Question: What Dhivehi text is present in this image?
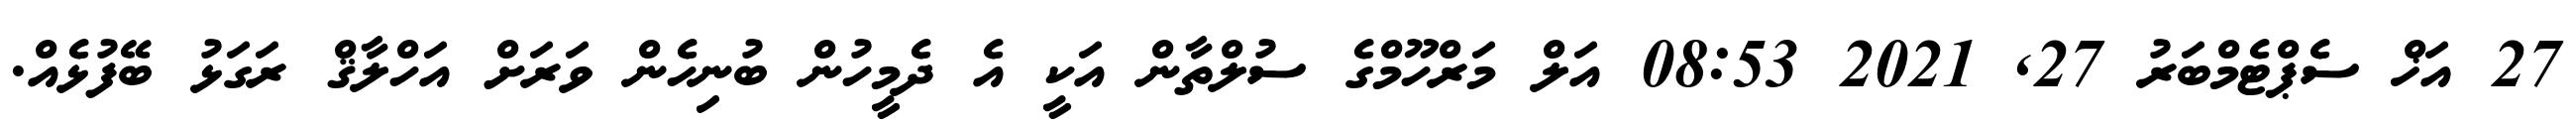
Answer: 27 އަޚް ސެޕްޓެމްބަރު 27, 2021 08:53 އަލް މަރްހޫމްގެ ސުލްތާން އަކީ އެ ދެމީހުން ބުނިހެން ވަރަށް އަހްލާޤް ރަގަޅު ބޭފުޅެއް.